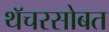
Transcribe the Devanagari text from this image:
थॅचरसोबत